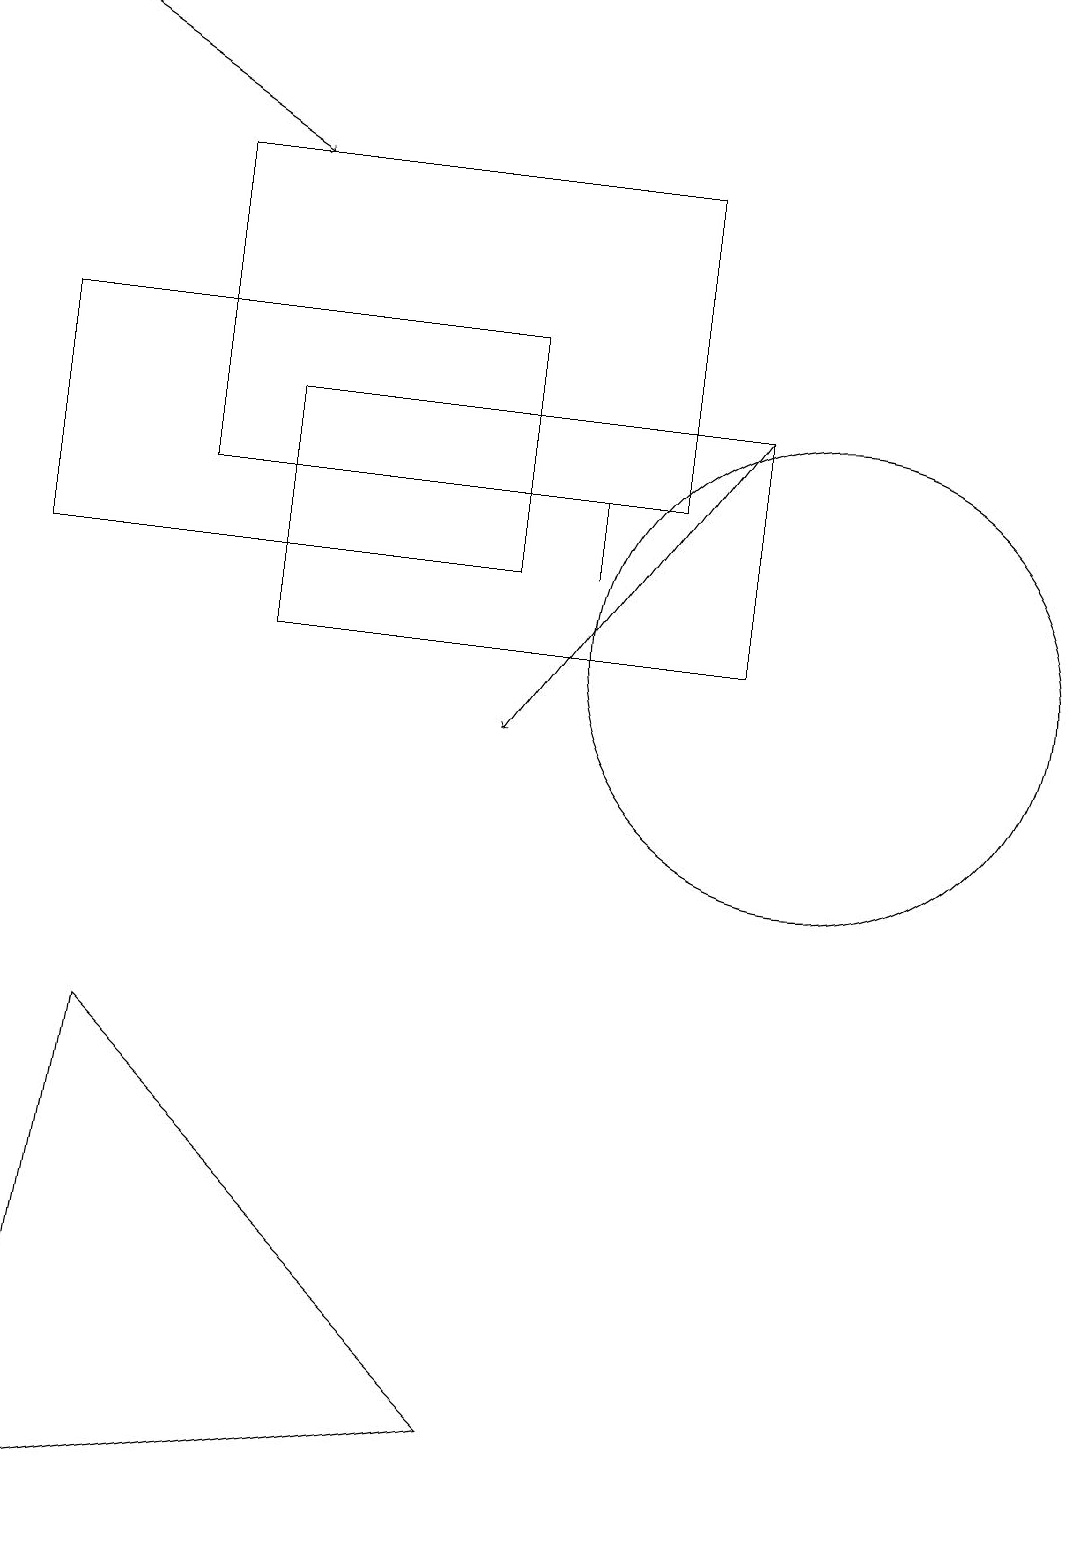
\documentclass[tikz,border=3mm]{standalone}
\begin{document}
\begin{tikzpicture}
\draw (6,15) rectangle (0,12);
\draw (0,0) -- (6,1) -- (1,6) -- cycle;
\draw[->] (9,14) -- (6,10);
\draw (7,13) rectangle (7,12);
\draw (2,17) rectangle (8,13);
\draw (9,14) rectangle (3,11);
\draw[->] (0,19) -- (3,17);
\draw (10,11) circle (3);
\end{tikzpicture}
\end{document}